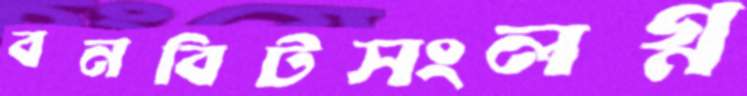
বনবিটসংলগ্ন